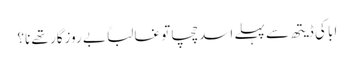
ابا کی ڈیتھ سے پہلے اسد چچا تو غالباً بے روزگار تھے نا؟